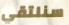
سنلتقي